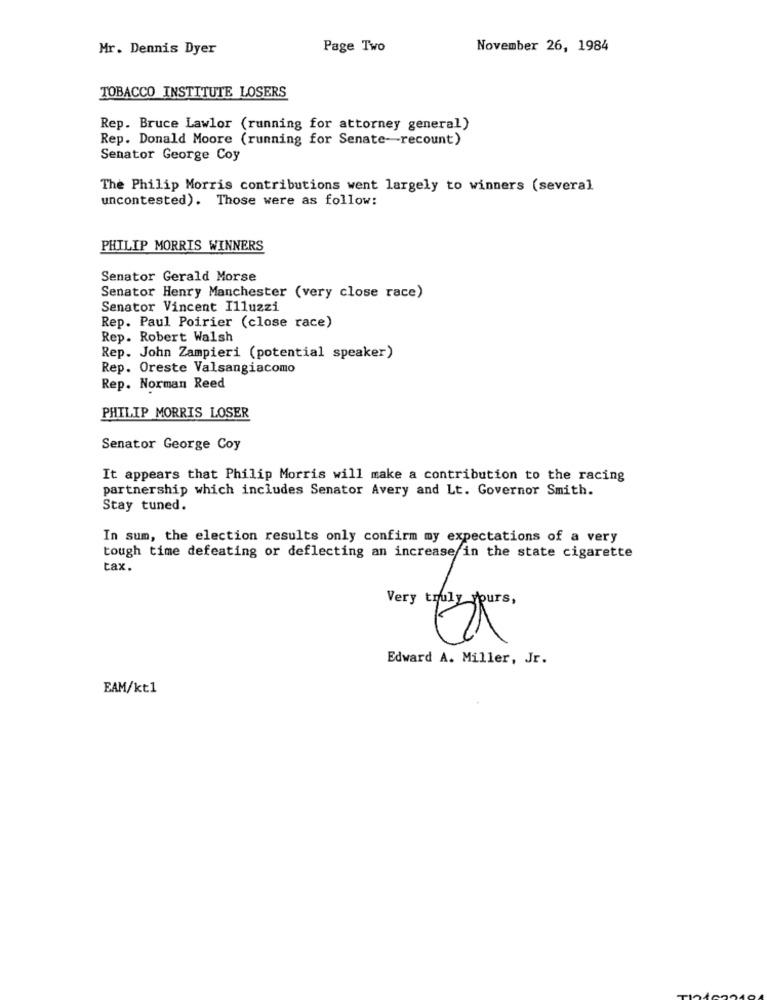
Mr. Dennis Dyer
Page Two
November 26, 1984
TOBACCO INSTITUTE LOSERS
Rep. Bruce Lawlor (running for attorney general)
Rep. Donald Moore (running for Senate-recount)
Senator George Coy
The Philip Morris contributions went largely to winners (several
uncontested). Those were as follow:
PHILIP MORRIS WINNERS
Senator Gerald Morse
Senator Henry Manchester (very close race)
Senator Vincent Illuzzi
Rep. Paul Poirier (close race)
Rep. Robert Walsh
Rep. John Zampieri (potential speaker)
Rep. Oreste Valsangiacomo
Rep. Norman Reed
PHILIP MORRIS LOSER
Senator George Coy
It appears that Philip Morris will make a contribution to the racing
partnership which includes Senator Avery and Lt. Governor Smith.
Stay tuned.
In sum, the election results only confirm my expectations of a very
tough time defeating or deflecting an increase in the state cigarette
tax.
Edward A. Miller, Jr.
EAM/kt1